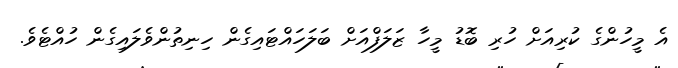
އެ މީހުންގެ ކުރިއަށް ހުރި ބޮޑު މީހާ ޒަލަފްއަށް ބަލަހައްޓައިގެން ހިނިތުންވެލައިގެން ހުއްޓެވެ.